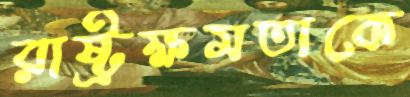
রাষ্ট্রক্ষমতাকে